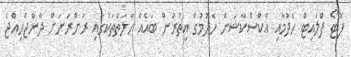
ފޮޓޯ ފްލައިޓް ހެދުމާއި އެކްސްކާޝަން ހެދުމުގެ އިތުރުން ބައެއް ހާލަތްތަކުގައި ރަށްރަށަށް ދާންޖެހިއްޖެ